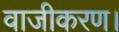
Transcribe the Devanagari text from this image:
वाजीकरण।